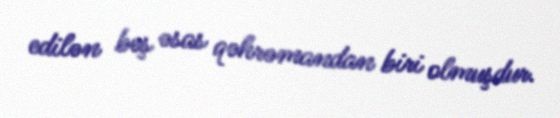
edilən beş əsas qəhrəmandan biri olmuşdur.